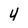
Character: 4